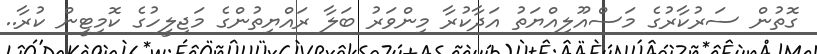
ގޮތުން ސަރުކާރުގެ މަސްއޫލިއްޔަތު އަދާކުރާ މިންވަރު ބަލާ ރައްޔިތުންގެ މަޖިލީހުގެ ކޮމިޓީން ކުރާ..